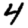
Digit: 4